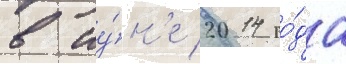
в иу́н'е 2014 го́да